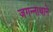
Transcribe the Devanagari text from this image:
जगन्‍नाथाने